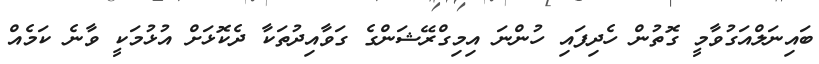
ބައިނަލްއަގުވާމީ ގޮތުން ހެދިފައި ހުންނަ އިމިގްރޭޝަންގެ ގަވާއިދުތަކާ ދެކޮޅަށް އުޅުމަކީ ވާނެ ކަމެއް